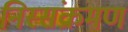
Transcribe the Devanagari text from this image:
निस्संक्रमण